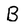
Character: B